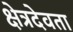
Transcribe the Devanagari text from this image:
क्षेत्रदेवता